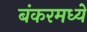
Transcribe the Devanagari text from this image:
बंकरमध्ये